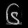
Digit: ၆